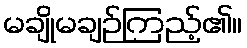
မချိုမချဉ်ကြည့်၏။